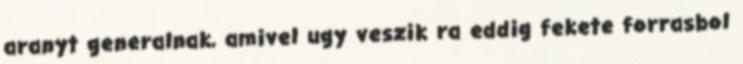
aranyt generalnak, amivel ugy veszik ra eddig fekete forrasbol